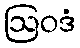
ဩဝဒံ